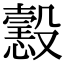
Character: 𢢢